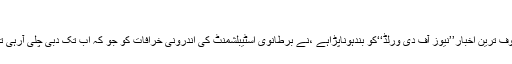
ترجمہ؛ اسد پتافی
فون ہیکنگ سکینڈل ،جس کے نتیجے میں معروف ترین اخبار’’نیوز آف دی ورلڈ‘‘کو بندہوناپڑاہے ،نے برطانوی اسٹیبلشمنٹ کی اندرونی خرافات کو جو کہ اب تک دبی چلی آرہی تھیں ،سب کے سامنے عیاں وعریاں کر دیاہے ۔